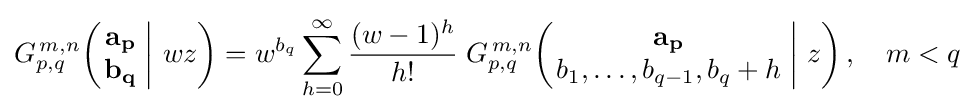
G_{p,q}^{\,m,n}\!\left(\left.{\begin{matrix}\mathbf {a_{p}} \\\mathbf {b_{q}} \end{matrix}}\;\right|\,wz\right)=w^{b_{q}}\sum _{h=0}^{\infty }{\frac {(w-1)^{h}}{h!}}\;G_{p,q}^{\,m,n}\!\left(\left.{\begin{matrix}\mathbf {a_{p}} \\b_{1},\dots ,b_{q-1},b_{q}+h\end{matrix}}\;\right|\,z\right),\quad m<q